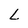
Character: L